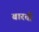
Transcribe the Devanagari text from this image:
बारती